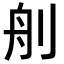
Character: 𦨉